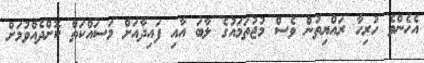
އެހެންވެ ހުރިހާ ރައްޔިތުން ވެސް މުޖުތަމައުގެ ލާބަ އާއި ފައިދާއަށް މަސައްކަތް ކޮށްދެއްވުމަށް